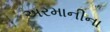
અરમાનીના